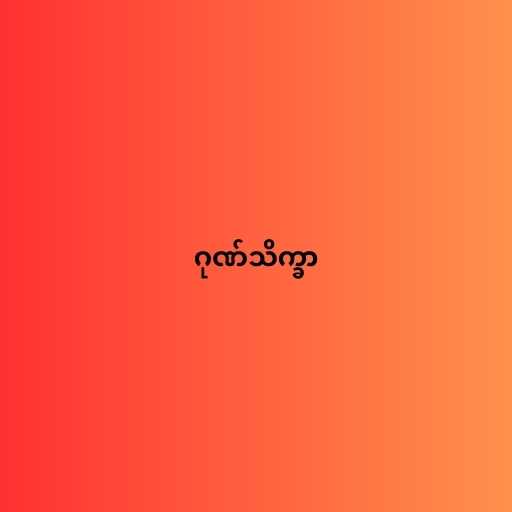
ဂုဏ်သိက္ခာ